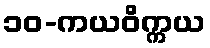
၁၀-ကယဝိက္ကယ